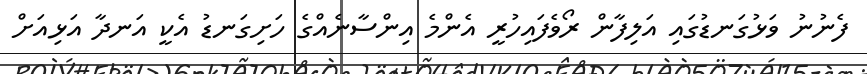
ފެނުނު ވަޅުގަނޑުގައި އަލިފާން ރޯވެފައިހުރީ އެންމެ އިންސާނެއްގެ ހަށިގަނޑު އެކީ އަނދާ އަޅިއަށް